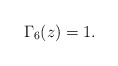
\begin{align*}\Gamma_{6}(z)=1.\end{align*}